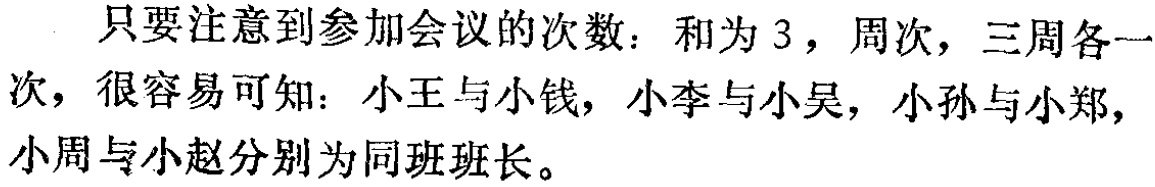
只要注意到参加会议的次数：和为 3，周次，三周各一

次，很容易可知：小王与小钱，小李与小吴，小孙与小郑，

小周与小赵分别为同班班长。